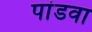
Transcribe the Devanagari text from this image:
पांडवा